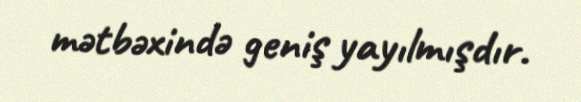
mətbəxində geniş yayılmışdır.